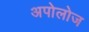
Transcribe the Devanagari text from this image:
अपोलोज